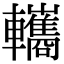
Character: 𨏳